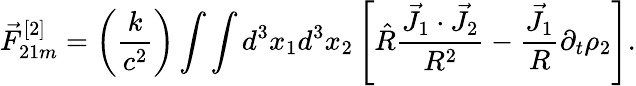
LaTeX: \vec{F}_{21m}^{[2]}=\left(\frac{k}{c^{2}}\right)\int\int d^{3}x_{1}d^{3}x_{2}\left[\hat{R}\frac{\vec{J}_{1}\cdot\vec{J}_{2}}{R^{2}}-\frac{\vec{J}_{1}}{R}\partial_{t}\rho_{2}\right].